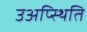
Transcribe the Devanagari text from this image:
उअप्स्थिति